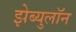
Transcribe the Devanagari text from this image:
झेब्युलॉन